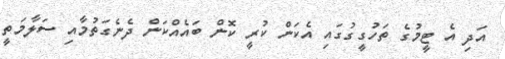
އަދި އެ ޓީމުގެ ތަހުގީގުގައި އެކަން ކުރީ ކޮން ބައެއްކަން ދެނެގަތުމާއި ސަލާމަތީ